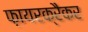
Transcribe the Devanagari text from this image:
फ़ायरक्रैकर